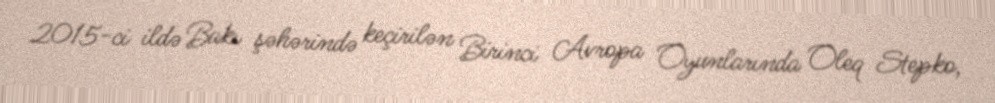
2015-ci ildə Bakı şəhərində keçirilən Birinci Avropa Oyunlarında Oleq Stepko,